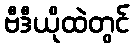
ဗီဒီယိုထဲတွင်